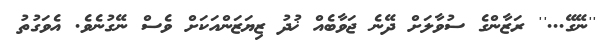
''ނޭގޭ...'' ރަޒާންގެ ސުވާލަށް ދޭނެ ޖަވާބެއް ޚުދު ޒިޔަޒަންއަކަށް ވެސް ނޭގުނެވެ. އެވަގުތު